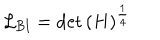
LaTeX: \mathcal { L } _ { \textrm { B I } } = \det \left( H \right) ^ { \frac { 1 } { 4 } }